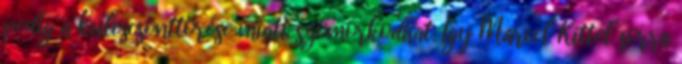
pedig a kulcscsonttörése miatt szomorkodhat. Így Marcel Kittel sorra